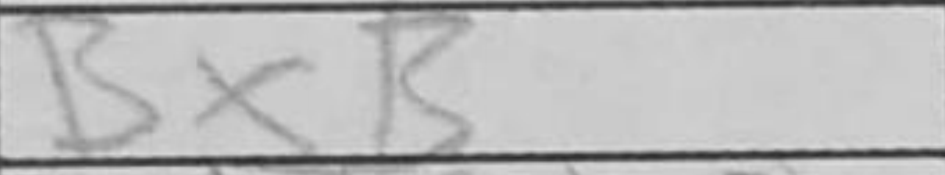
Transcription: BxB